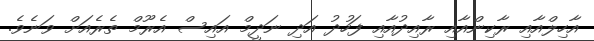
އާހިލްއާއި ރާކިންއާއި ރާއިދުއާއި ފަހުދު އަދި ނަދީމް އައިސް އެރޫމް ތެރެއަށް ވަނެވެ.